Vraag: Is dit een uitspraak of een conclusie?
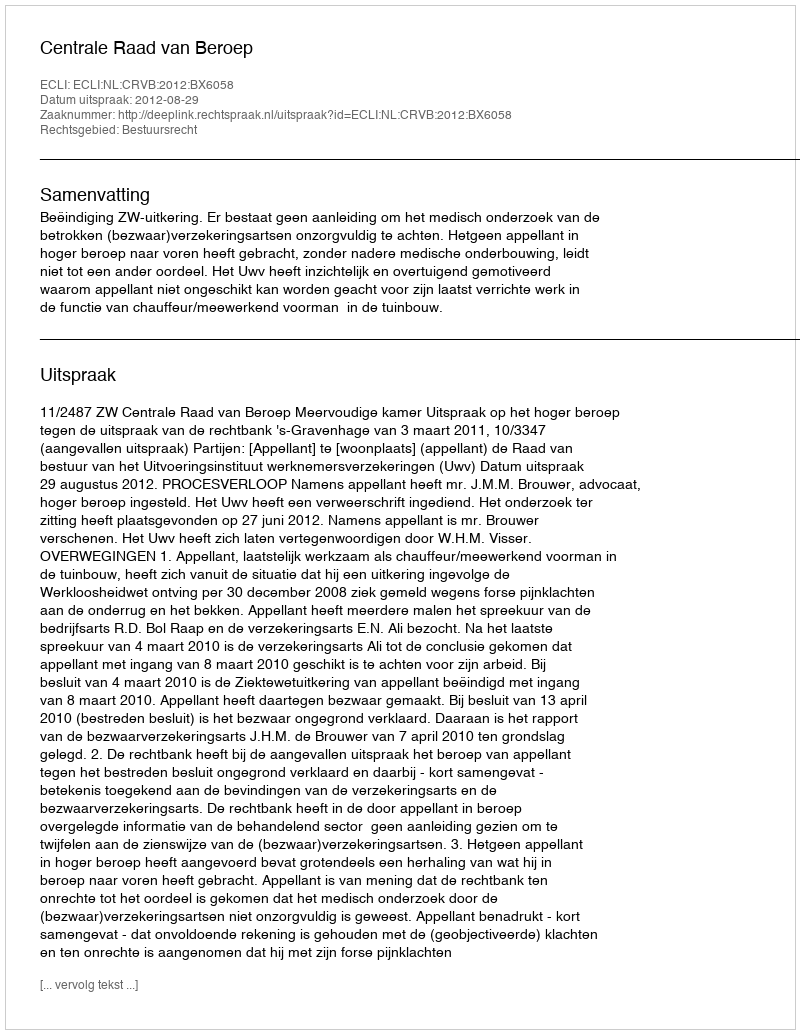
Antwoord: Uitspraak